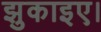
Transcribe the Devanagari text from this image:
झुकाइए।